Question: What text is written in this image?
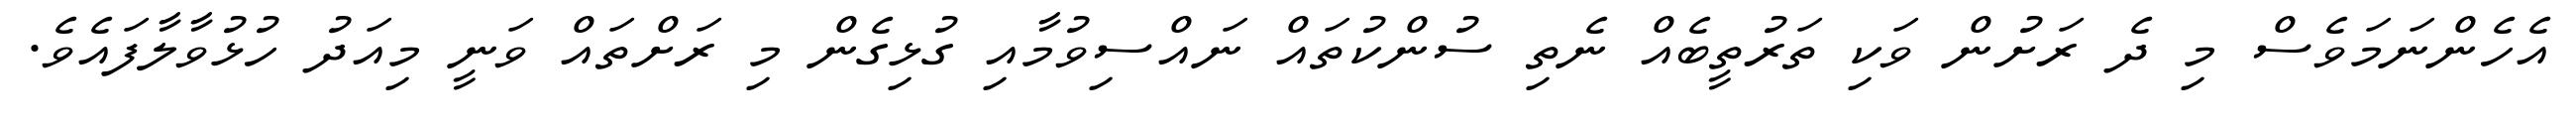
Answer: އެހެންނަމަވެސް މި ދެ ރަށުން ވަކި ތަރުތީބެއް ނެތި ސުންކުތައް ނައްސިވުމާއި ގުޅިގެން މި ރަށްތައް ވަނީ މިއަދު ހުޅުވާލާފައެވެ.